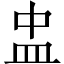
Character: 盅